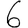
Digit: 6